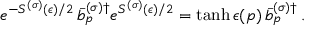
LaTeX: e ^ { - S ^ { ( \sigma ) } ( \epsilon ) / 2 } \, \bar { b } _ { p } ^ { ( \sigma ) \dagger } e ^ { S ^ { ( \sigma ) } ( \epsilon ) / 2 } = \operatorname { t a n h } \epsilon ( p ) \, \bar { b } _ { p } ^ { ( \sigma ) \dagger } \, .